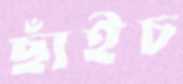
ছাঁইচ